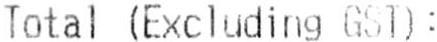
TOTAL (EXCLUDING GST):